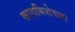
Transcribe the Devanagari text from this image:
कायबिशेवला